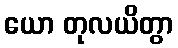
ယော တုလယိတွာ